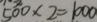
5 0 0 \times 2 = 1 0 0 0